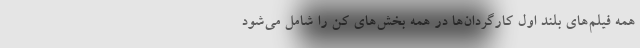
همه فیلم‌های بلند اول کارگردان‌ها در همه بخش‌های کن را شامل می‌شود